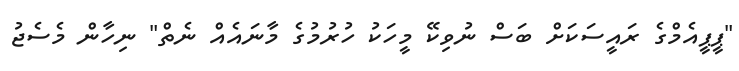
"ޕީޕީއެމްގެ ރައީސަކަށް ބަސް ނުވިކޭ މީހަކު ހުރުމުގެ މާނައެއް ނެތް" ނިހާން މެސެޖު